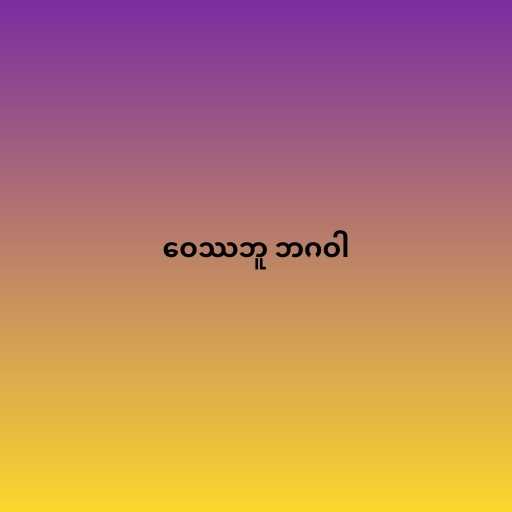
ဝေဿဘူ ဘဂဝါ